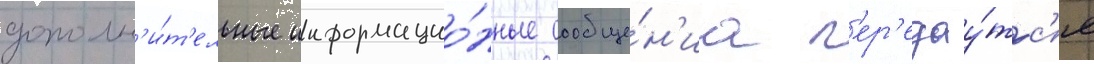
дополн'и́т'ельные информацио́нные сообще́н'иа п'ер'едау́тс'я